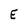
Character: E